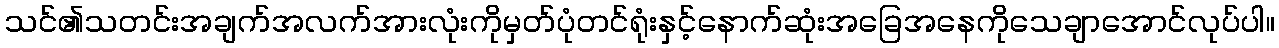
သင်၏သတင်းအချက်အလက်အားလုံးကိုမှတ်ပုံတင်ရုံးနှင့်နောက်ဆုံးအခြေအနေကိုသေချာအောင်လုပ်ပါ။